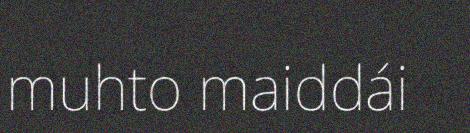
muhto maiddái